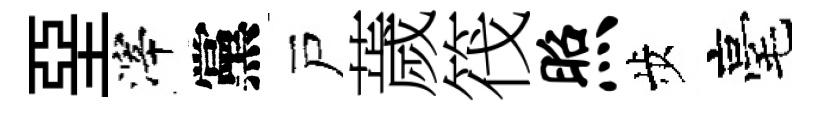
堊滓黨戸薉筏照歩毫